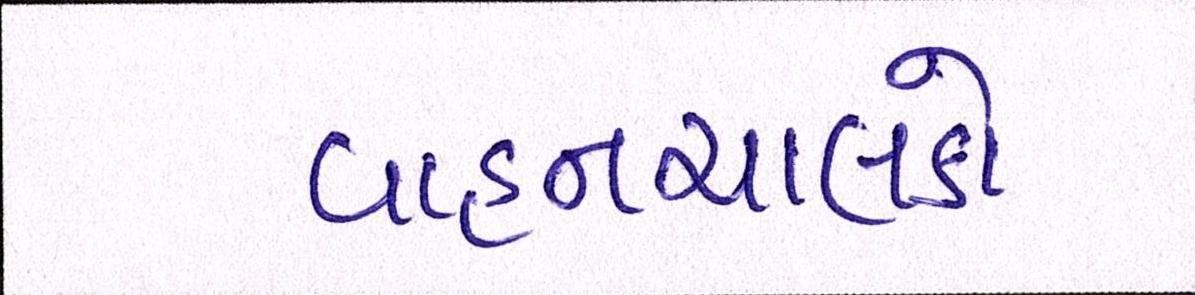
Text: વાહનચાલકો